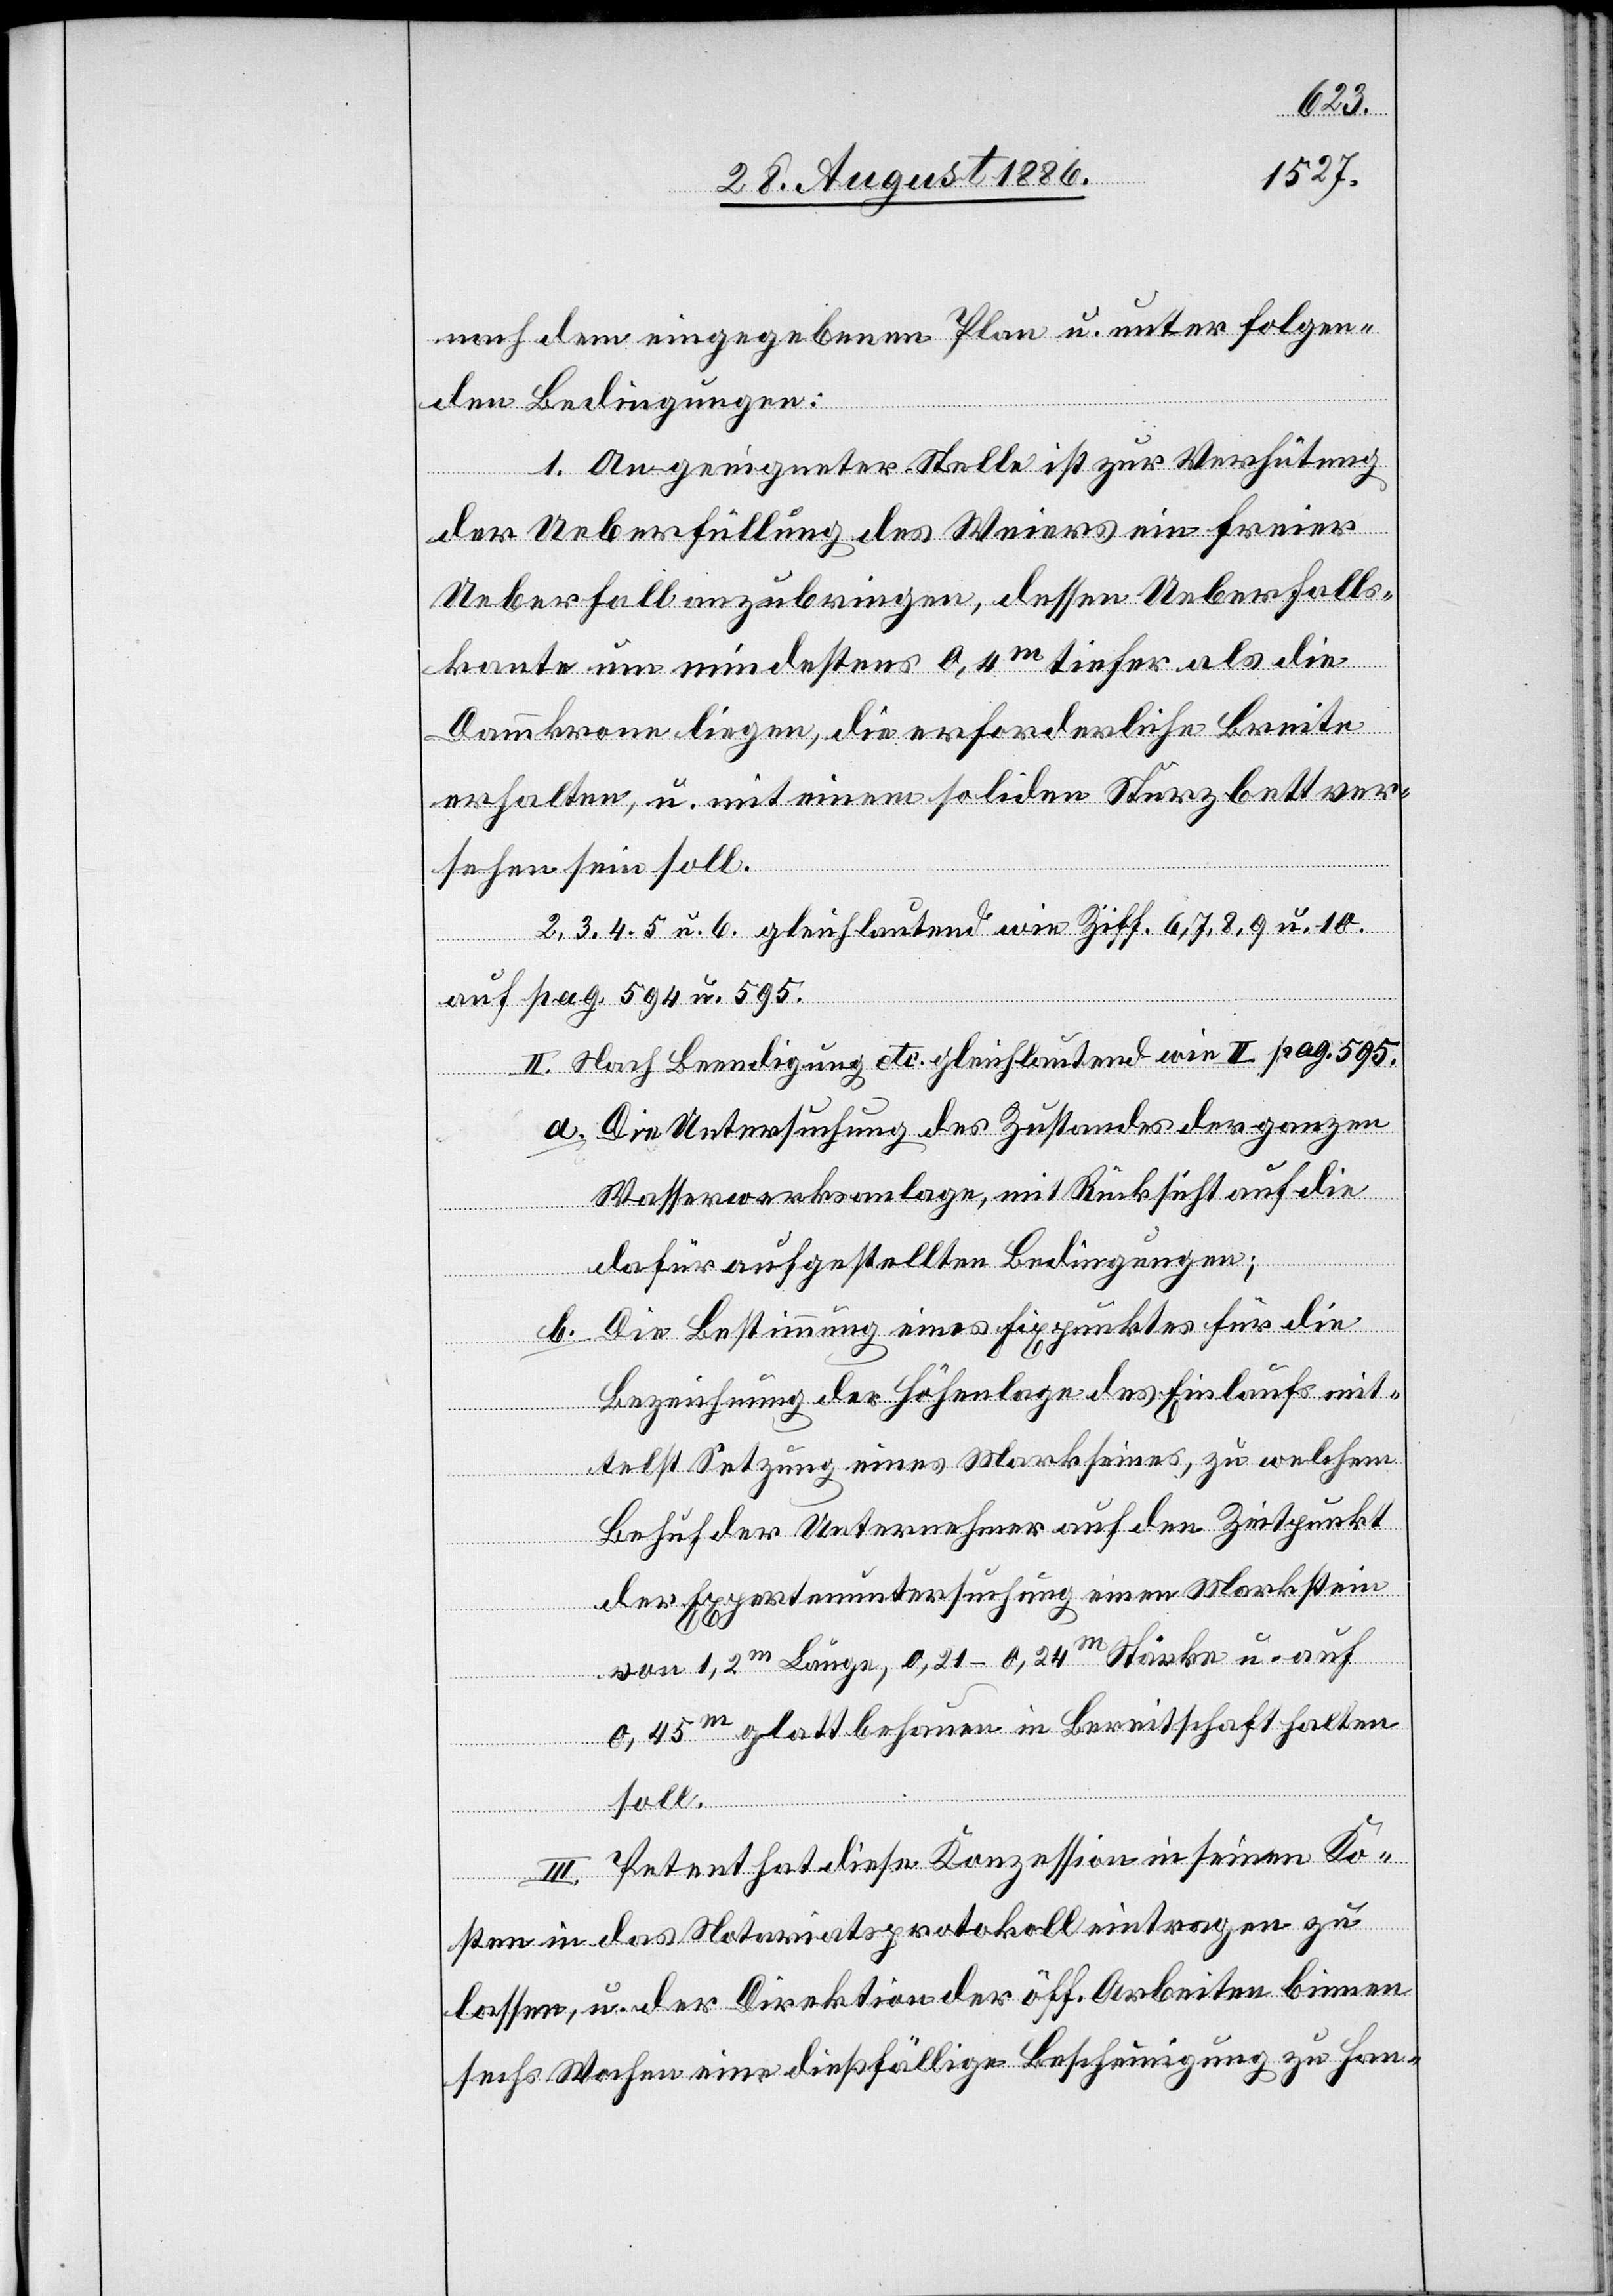
nach dem eingegebenen Plan u. unter folgen¬
den Bedingungen:
1. An geeigneter Stelle ist zur Verhütung
der Ueberfüllung des Weiers ein freier
Ueberfall anzubringen, dessen Ueberfalls¬
kante um mindestens 0,4m tiefer als die
Dammkrone liegen, die erforderliche Breite
erhalten, u. mit einem soliden Sturzbett ver¬
sehen sein soll.
2, 3, 4, 5 u. 6 gleichlautend wie Ziff. 6, 7, 8, 9 u. 10.
auf pag. 594 u. 595.
II. Nach Beendigung etc. gleichlautend wie II Pag. 595.
a. Die Untersuchung des Zustandes der ganzen
Wasserwerksanlage, mit Rücksicht auf die
dafür aufgestellten Bedingungen;
b. Die Bestimmung eines Fixpunktes für die
Bezeichnung der Höhenlage des Einlaufs mit¬
telst Setzung eines Marksteines, zu welchem
Behuf der Unternehmer auf den Zeitpunkt
der Expertenuntersuchung einen Markstein
von 1,2m Länge, 0,21–0,24m Stärke u. auf
0,24m glatt behauen in Bereitschaft halten
soll.
III. Petent hat diese Konzession in seinen Ko¬
sten in das Notariatsprotokoll eintragen zu
lassen, u. der Direktion der öff. Arbeiten binnen
sechs Wochen eine dießfällige Bescheinigung zu Han-